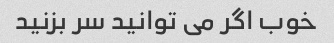
خوب اگر می توانید سر بزنید